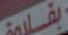
بقلمة